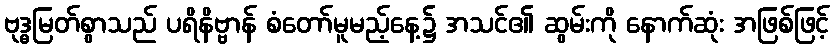
ဗုဒ္ဓမြတ်စွာသည် ပရိနိဗ္ဗာန် စံတော်မူမည့်နေ့၌ အသင်၏ ဆွမ်းကို နောက်ဆုံး အဖြစ်ဖြင့်